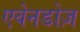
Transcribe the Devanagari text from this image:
एवेनडोज़